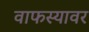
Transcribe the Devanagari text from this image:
वाफस्यावर